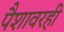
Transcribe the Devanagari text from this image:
पैशावरही